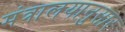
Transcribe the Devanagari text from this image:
मंत्रालयानुसार